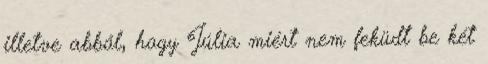
illetve abból, hogy Júlia miért nem feküdt be két